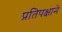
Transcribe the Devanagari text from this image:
प्रतिपक्षाने